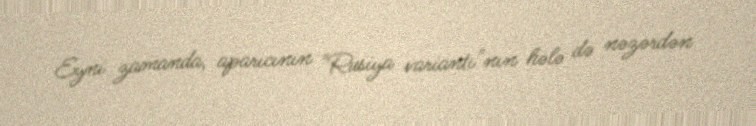
Eyni zamanda, aparıcının "Rusiya variantı"nın hələ də nəzərdən